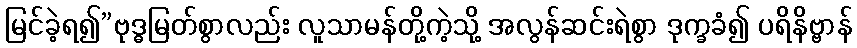
မြင်ခဲ့ရ၍”ဗုဒ္ဓမြတ်စွာလည်း လူသာမန်တို့ကဲ့သို့ အလွန်ဆင်းရဲစွာ ဒုက္ခခံ၍ ပရိနိဗ္ဗာန်